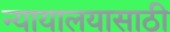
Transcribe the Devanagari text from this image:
न्यायालयासाठी